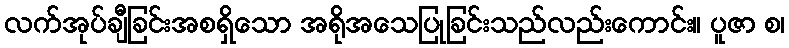
လက်အုပ်ချီခြင်းအစရှိသော အရိုအသေပြုခြင်းသည်လည်းကောင်း။ ပူဇာ စ၊